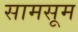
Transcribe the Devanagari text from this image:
सामसूम